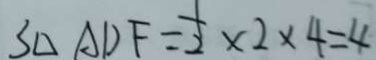
S _ { \Delta A D F } = \frac { 1 } { 2 } \times 2 \times 4 = 4